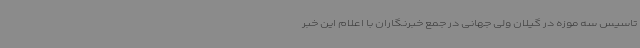
تاسیس سه موزه در گیلان ولی جهانی در جمع خبرنگاران با اعلام این خبر